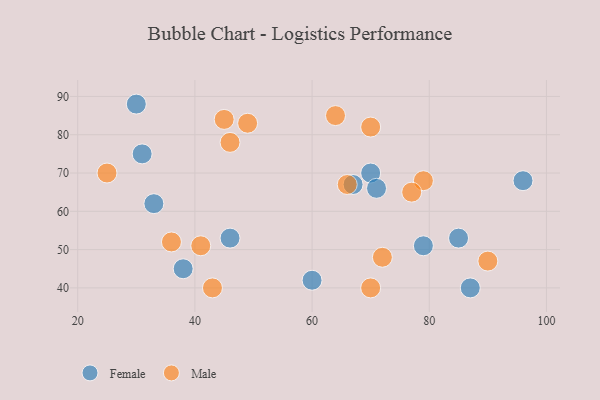
{"axis": {"x": "GDP", "y": "Life Expectancy"}, "legend": ["Female", "Male"], "data": [{"x": "46", "y": 53, "type": "Female"}, {"x": "67", "y": 67, "type": "Female"}, {"x": "79", "y": 51, "type": "Female"}, {"x": "70", "y": 70, "type": "Female"}, {"x": "96", "y": 68, "type": "Female"}, {"x": "85", "y": 53, "type": "Female"}, {"x": "87", "y": 40, "type": "Female"}, {"x": "71", "y": 66, "type": "Female"}, {"x": "33", "y": 62, "type": "Female"}, {"x": "38", "y": 45, "type": "Female"}, {"x": "31", "y": 75, "type": "Female"}, {"x": "60", "y": 42, "type": "Female"}, {"x": "30", "y": 88, "type": "Female"}, {"x": "25", "y": 70, "type": "Male"}, {"x": "90", "y": 47, "type": "Male"}, {"x": "49", "y": 83, "type": "Male"}, {"x": "64", "y": 85, "type": "Male"}, {"x": "72", "y": 48, "type": "Male"}, {"x": "45", "y": 84, "type": "Male"}, {"x": "66", "y": 67, "type": "Male"}, {"x": "36", "y": 52, "type": "Male"}, {"x": "70", "y": 82, "type": "Male"}, {"x": "70", "y": 40, "type": "Male"}, {"x": "46", "y": 78, "type": "Male"}, {"x": "79", "y": 68, "type": "Male"}, {"x": "41", "y": 51, "type": "Male"}, {"x": "77", "y": 65, "type": "Male"}, {"x": "43", "y": 40, "type": "Male"}]}